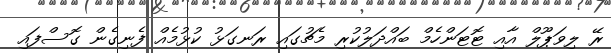
ރޭ ލިވަޕޫލް އާއި ޓޮޓަންހެމް ބައްދަލުކުރި މެޗުގައި ރަނގަޅު ކުޅުމެއް ފެނިގެން ގޮސްފައި